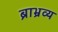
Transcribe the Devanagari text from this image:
ब्राभ्रव्य